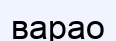
варао